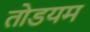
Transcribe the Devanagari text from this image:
तोडयम